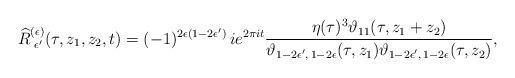
LaTeX: \begin{align*} \widehat{R}^{(\epsilon)}_{\,\,\epsilon^\prime} (\tau, z_1, z_2, t) = (-1)^{2\epsilon (1-2\epsilon^\prime)} \, i e^{2\pi i t} \frac{\eta(\tau)^3 \vartheta_{11} (\tau, z_1+z_2)} {\vartheta_{1-2\epsilon^\prime,\, 1-2\epsilon} (\tau, z_1) \vartheta_{1-2\epsilon^\prime,\, 1-2\epsilon} (\tau, z_2)},\end{align*}